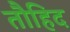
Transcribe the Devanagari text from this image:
तौहिद